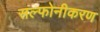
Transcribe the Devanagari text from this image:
सल्फोनीकरण